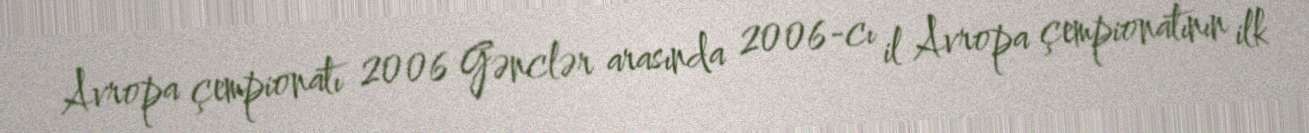
Avropa çempionatı 2006 Gənclər arasında 2006-cı il Avropa çempionatının ilk